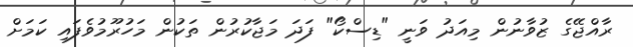
ރާއްޖޭގެ ޒުވާނުން މިއަދު ވަނީ "ޑިސްކޯ" ފަދަ މަޖާކުރުން ތަކުން މަހުރޫމުވެފައި ކަމަށް